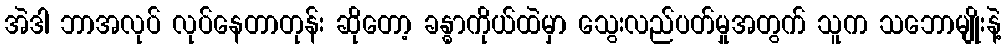
အဲဒါ ဘာအလုပ် လုပ်နေတာတုန်း ဆိုတော့ ခန္ဓာကိုယ်ထဲမှာ သွေးလည်ပတ်မှုအတွက် သူက သဘောမျိုးနဲ့